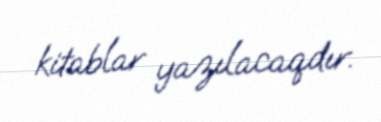
kitablar yazılacaqdır.